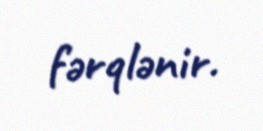
fərqlənir.